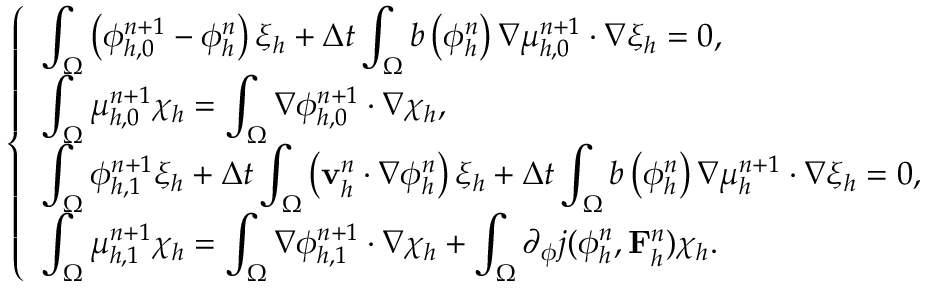
\left\{ \begin{array} { l l } { \displaystyle \int _ { \Omega } \left( \phi _ { h , 0 } ^ { n + 1 } - \phi _ { h } ^ { n } \right) \xi _ { h } + \Delta t \int _ { \Omega } b \left( \phi _ { h } ^ { n } \right) \nabla \mu _ { h , 0 } ^ { n + 1 } \cdot \nabla \xi _ { h } = 0 , } \\ { \displaystyle \int _ { \Omega } \mu _ { h , 0 } ^ { n + 1 } \chi _ { h } = \int _ { \Omega } \nabla \phi _ { h , 0 } ^ { n + 1 } \cdot \nabla \chi _ { h } , } \\ { \displaystyle \int _ { \Omega } \phi _ { h , 1 } ^ { n + 1 } \xi _ { h } + \Delta t \int _ { \Omega } \left( \mathbf { v } _ { h } ^ { n } \cdot \nabla \phi _ { h } ^ { n } \right) \xi _ { h } + \Delta t \int _ { \Omega } b \left( \phi _ { h } ^ { n } \right) \nabla \mu _ { h } ^ { n + 1 } \cdot \nabla \xi _ { h } = 0 , } \\ { \displaystyle \int _ { \Omega } \mu _ { h , 1 } ^ { n + 1 } \chi _ { h } = \int _ { \Omega } \nabla \phi _ { h , 1 } ^ { n + 1 } \cdot \nabla \chi _ { h } + \int _ { \Omega } \partial _ { \phi } j ( \phi _ { h } ^ { n } , \mathbf { F } _ { h } ^ { n } ) \chi _ { h } . } \end{array} \right.